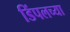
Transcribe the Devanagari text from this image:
डिंपलच्या